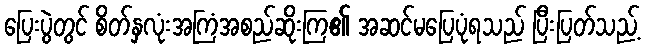
ပြေးပွဲတွင် စိတ်နှလုံးအကြံအစည်ဆိုးကြ၏ အဆင်မပြေပုံရသည် ပြီးပြတ်သည့်